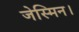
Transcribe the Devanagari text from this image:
जेस्मिन।